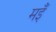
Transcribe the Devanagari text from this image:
मइँ